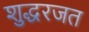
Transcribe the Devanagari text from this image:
शुद्धरजत